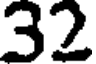
32